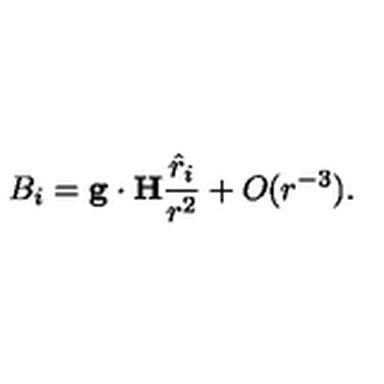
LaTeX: B _ { i } = { \bf g } \cdot { \bf H } { \frac { { \hat { r } } _ { i } } { r ^ { 2 } } } + O ( r ^ { - 3 } ) .